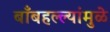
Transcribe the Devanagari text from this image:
बाँबहल्ल्यांमुळे